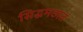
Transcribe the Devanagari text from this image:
सिद्धमठात